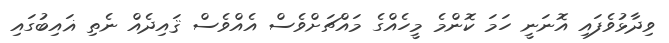
ވިދާޅުވެފައި އޮނަނީ ހަމަ ކޮންމެ މީހެއްގެ މައްޗަށްވެސް އެއްވެސް ޤައިދެއް ނެތި ޣައިބުގައި